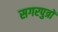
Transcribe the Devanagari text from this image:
सगरपुत्रों